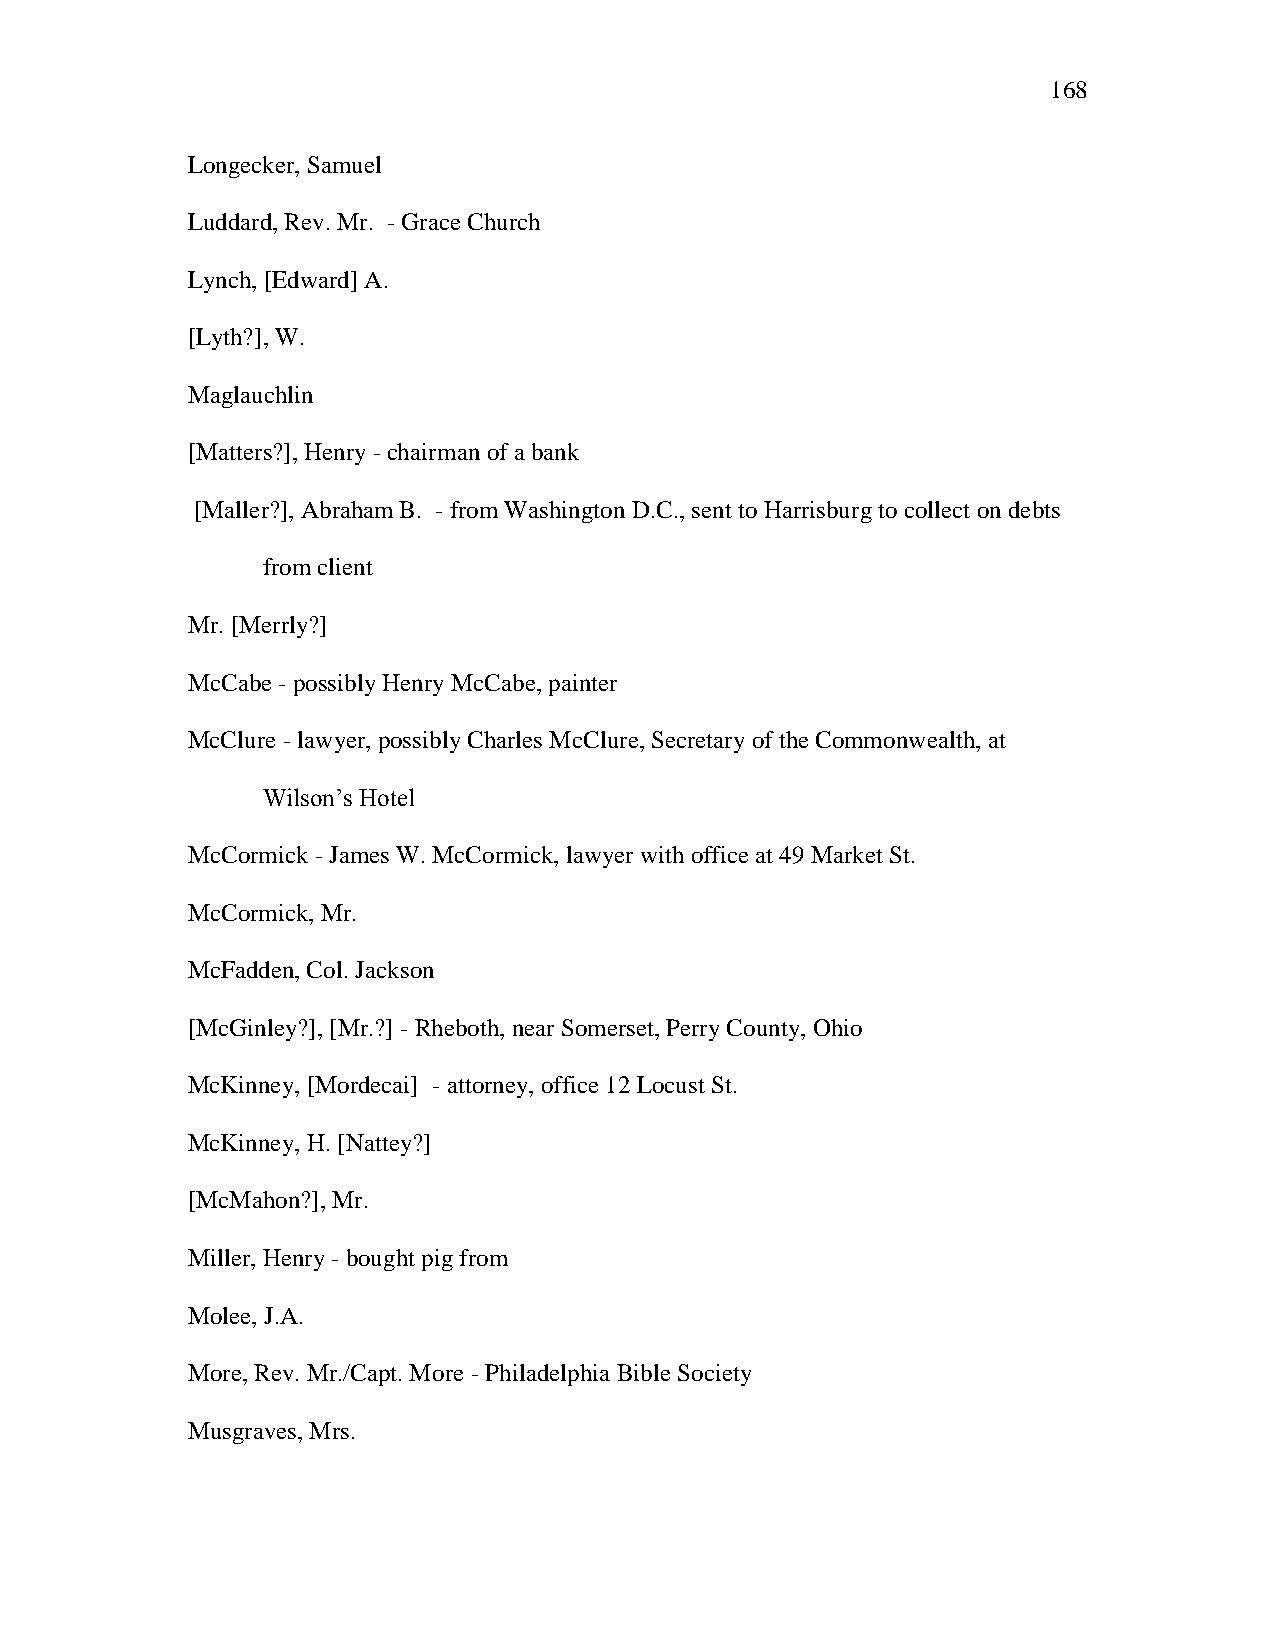
168
 Longecker, Samuel
 Luddard, Rev. Mr. - Grace Church
 Lynch, [Edward] A.
 [Lyth?], W.
 Maglauchlin
 [Matters?], Henry - chairman of a bank
 [Maller?], Abraham B. - from Washington D.C., sent to Harrisburg to collect on debts
 from client
 Mr. [Merrly?]
 McCabe - possibly Henry McCabe, painter
 McClure - lawyer, possibly Charles McClure, Secretary of the Commonwealth, at
 Wilson‘s Hotel
 McCormick - James W. McCormick, lawyer with office at 49 Market St.
 McCormick, Mr.
 McFadden, Col. Jackson
 [McGinley?], [Mr.?] - Rheboth, near Somerset, Perry County, Ohio
 McKinney, [Mordecai] - attorney, office 12 Locust St.
 McKinney, H. [Nattey?]
 [McMahon?], Mr.
 Miller, Henry - bought pig from
 Molee, J.A.
 More, Rev. Mr./Capt. More - Philadelphia Bible Society
 Musgraves, Mrs.